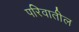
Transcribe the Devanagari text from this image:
परिवातील